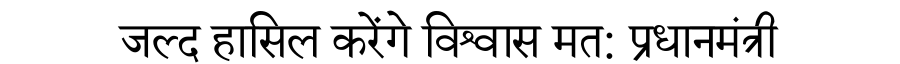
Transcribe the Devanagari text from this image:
जल्द हासिल करेंगे विश्वास मत: प्रधानमंत्री